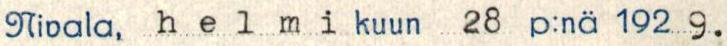
Nivala, helmi kuun 28 p:nä 192 9.